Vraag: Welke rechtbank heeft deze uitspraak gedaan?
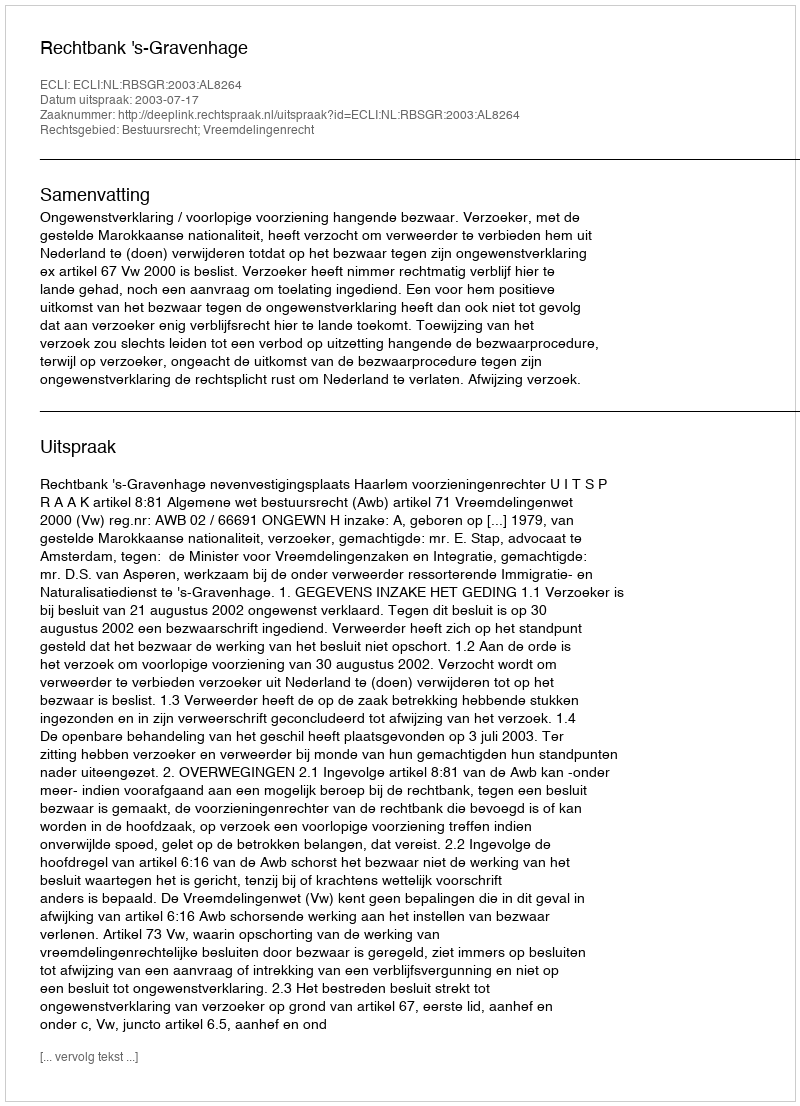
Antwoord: Rechtbank 's-Gravenhage